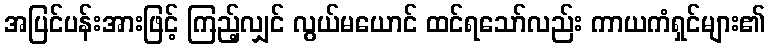
အပြင်ပန်းအားဖြင့် ကြည့်လျှင် လွယ်မယောင် ထင်ရသော်လည်း ကာယကံရှင်များ၏